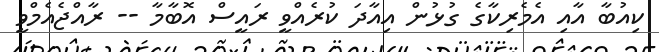
ކިއުބާ އާއި އެމެރިކާގެ ގުޅުން އިއާދަ ކުރެއްވީ ރައީސް އޮބާމާ -- ރާއްޖެއެމްވީ